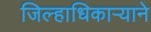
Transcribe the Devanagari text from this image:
जिल्हाधिकाऱ्याने